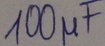
Text: 100µF